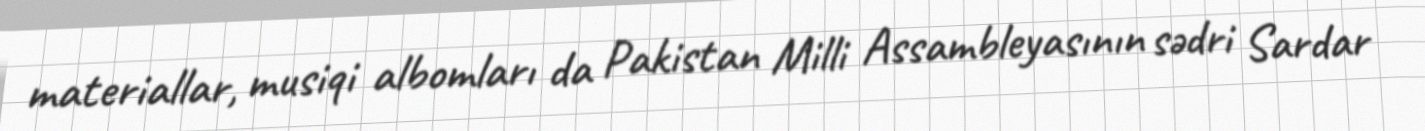
materiallar, musiqi albomları da Pakistan Milli Assambleyasının sədri Sardar